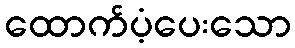
ထောက်ပံ့ပေးသော